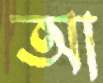
আ